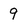
Character: 9